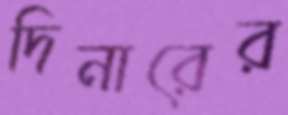
দিনারের